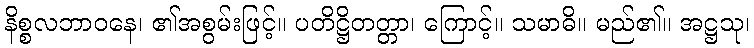
နိစ္စလဘာဝနေ၊ ၏အစွမ်းဖြင့်။ ပတိဋ္ဌိတတ္တာ၊ ကြောင့်။ သမာဓိ။ မည်၏။ အဋ္ဌသု၊